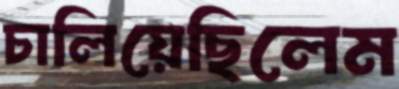
চালিয়েছিলেম